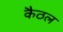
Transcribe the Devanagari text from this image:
कैठल